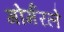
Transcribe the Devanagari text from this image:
गोर्मरले